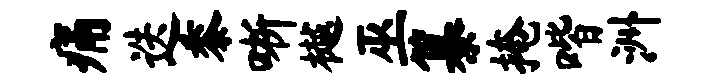
痛迭黍晰樾巫纂掩喈洲